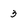
Character: 3